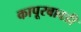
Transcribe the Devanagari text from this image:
कापूरबावडी